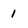
Character: 1